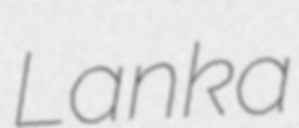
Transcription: Lanka